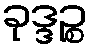
ခုဒ္ဒဉ္စ